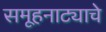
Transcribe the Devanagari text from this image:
समूहनाट्याचे